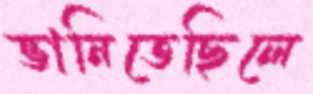
ভানিতেছিলে